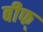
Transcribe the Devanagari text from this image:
बीफ्